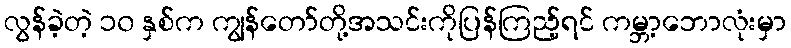
လွန်ခဲ့တဲ့ ၁၀ နှစ်က ကျွန်တော်တို့အသင်းကိုပြန်ကြည့်ရင် ကမ္ဘာ့ဘောလုံးမှာ